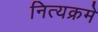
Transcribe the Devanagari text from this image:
नित्यक्रमे